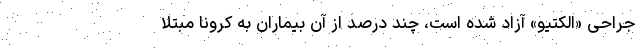
جراحی «الکتیو» آزاد شده است، چند درصد از آن بیماران به کرونا مبتلا